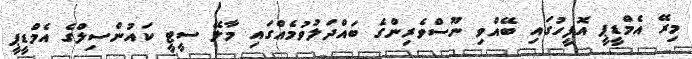
މިރޭ އެމްޑީޕީ އޮފީހުގައި ބޭއްވި ނޫސްވެރިންގެ ބައްދަލުވުމެއްގައި މާލޭ ސީޓީ ކައުންސިލްގެ އެމްޑީޕީ